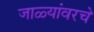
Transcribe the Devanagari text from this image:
जाळ्यांवरचे